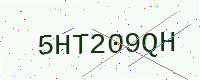
Text: 5HT209QH